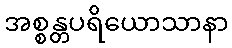
အစ္စန္တပရိယောသာနာ